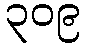
၃၀၉